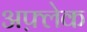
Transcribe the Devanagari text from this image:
अफ़्लेक